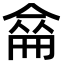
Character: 𠌈